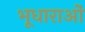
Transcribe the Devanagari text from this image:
भूधाराओं